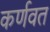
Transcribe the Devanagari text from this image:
कर्णवत